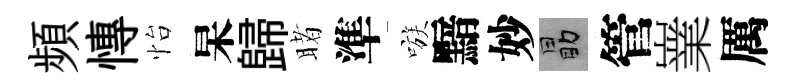
頻慱怡杲歸睹準嗾黯妙勗管嶪厲